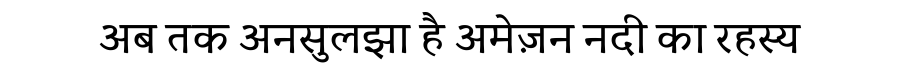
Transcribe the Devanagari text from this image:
अब तक अनसुलझा है अमेज़न नदी का रहस्य